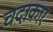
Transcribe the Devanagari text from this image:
चदाकार